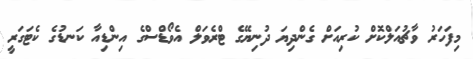
މިފަހަރު ވާޗުއަލްކޮށް ކުރިއަށް ގެންދިޔަ ދުނިޔޭގެ ޓްރެވަލް އެވޯޑްސްގެ އިންޑިއާ ކަނޑުގެ ކެޓަގަރީ